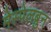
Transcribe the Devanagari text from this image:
मेस्पेलब्रुन